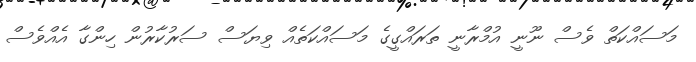
މަސައްކަތް ވެސް ނޫނީ އުމްރާނީ ތަރައްގީގެ މަސައްކަތެއް ވިޔަސް ސަރުކާރުން ހިންގާ އެއްވެސް